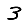
Digit: 3